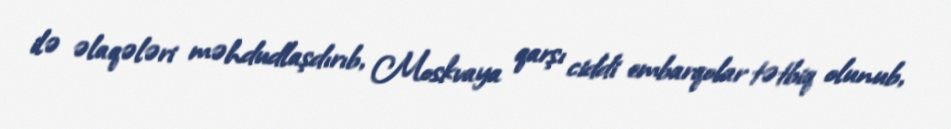
ilə əlaqələri məhdudlaşdırıb, Moskvaya qarşı ciddi embarqolar tətbiq olunub,